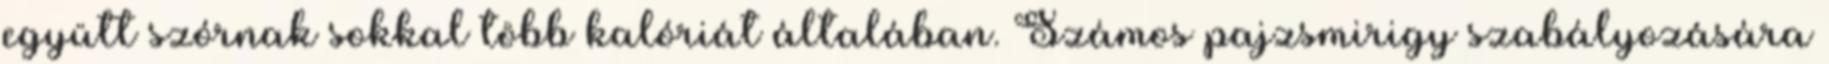
együtt szórnak sokkal több kalóriát általában. Számos pajzsmirigy szabályozására